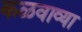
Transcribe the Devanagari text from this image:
कळवाव्या